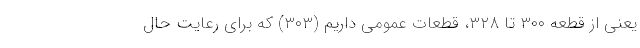
یعنی از قطعه ۳۰۰ تا ۳۲۸، قطعات عمومی داریم (۳۰۳) که برای رعایت حال